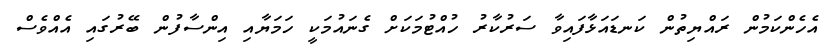
އެހެންކަމުން ރައްޔިތުން ކަނޑައަޅާފައިވާ ސަރުކާރު ހުއްޓުމަކަށް ގެނައުމަކީ ހަމަޔާއި އިންސާފުން ބޭރުގައި އެއްވެސް